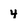
Character: 4